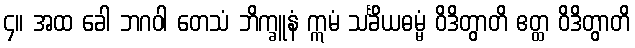
၄။ အထ ခေါ ဘဂဝါ တေသံ ဘိက္ခူနံ ဣမံ သင်္ခိယဓမ္မံ ဝိဒိတွာတိ ဧတ္ထ ဝိဒိတွာတိ